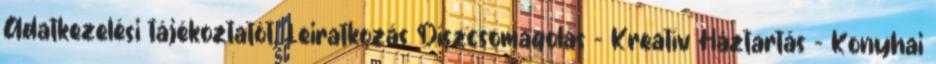
Adatkezelési tájékoztatót. Leiratkozás Díszcsomagolás - Kreatív Háztartás - Konyhai